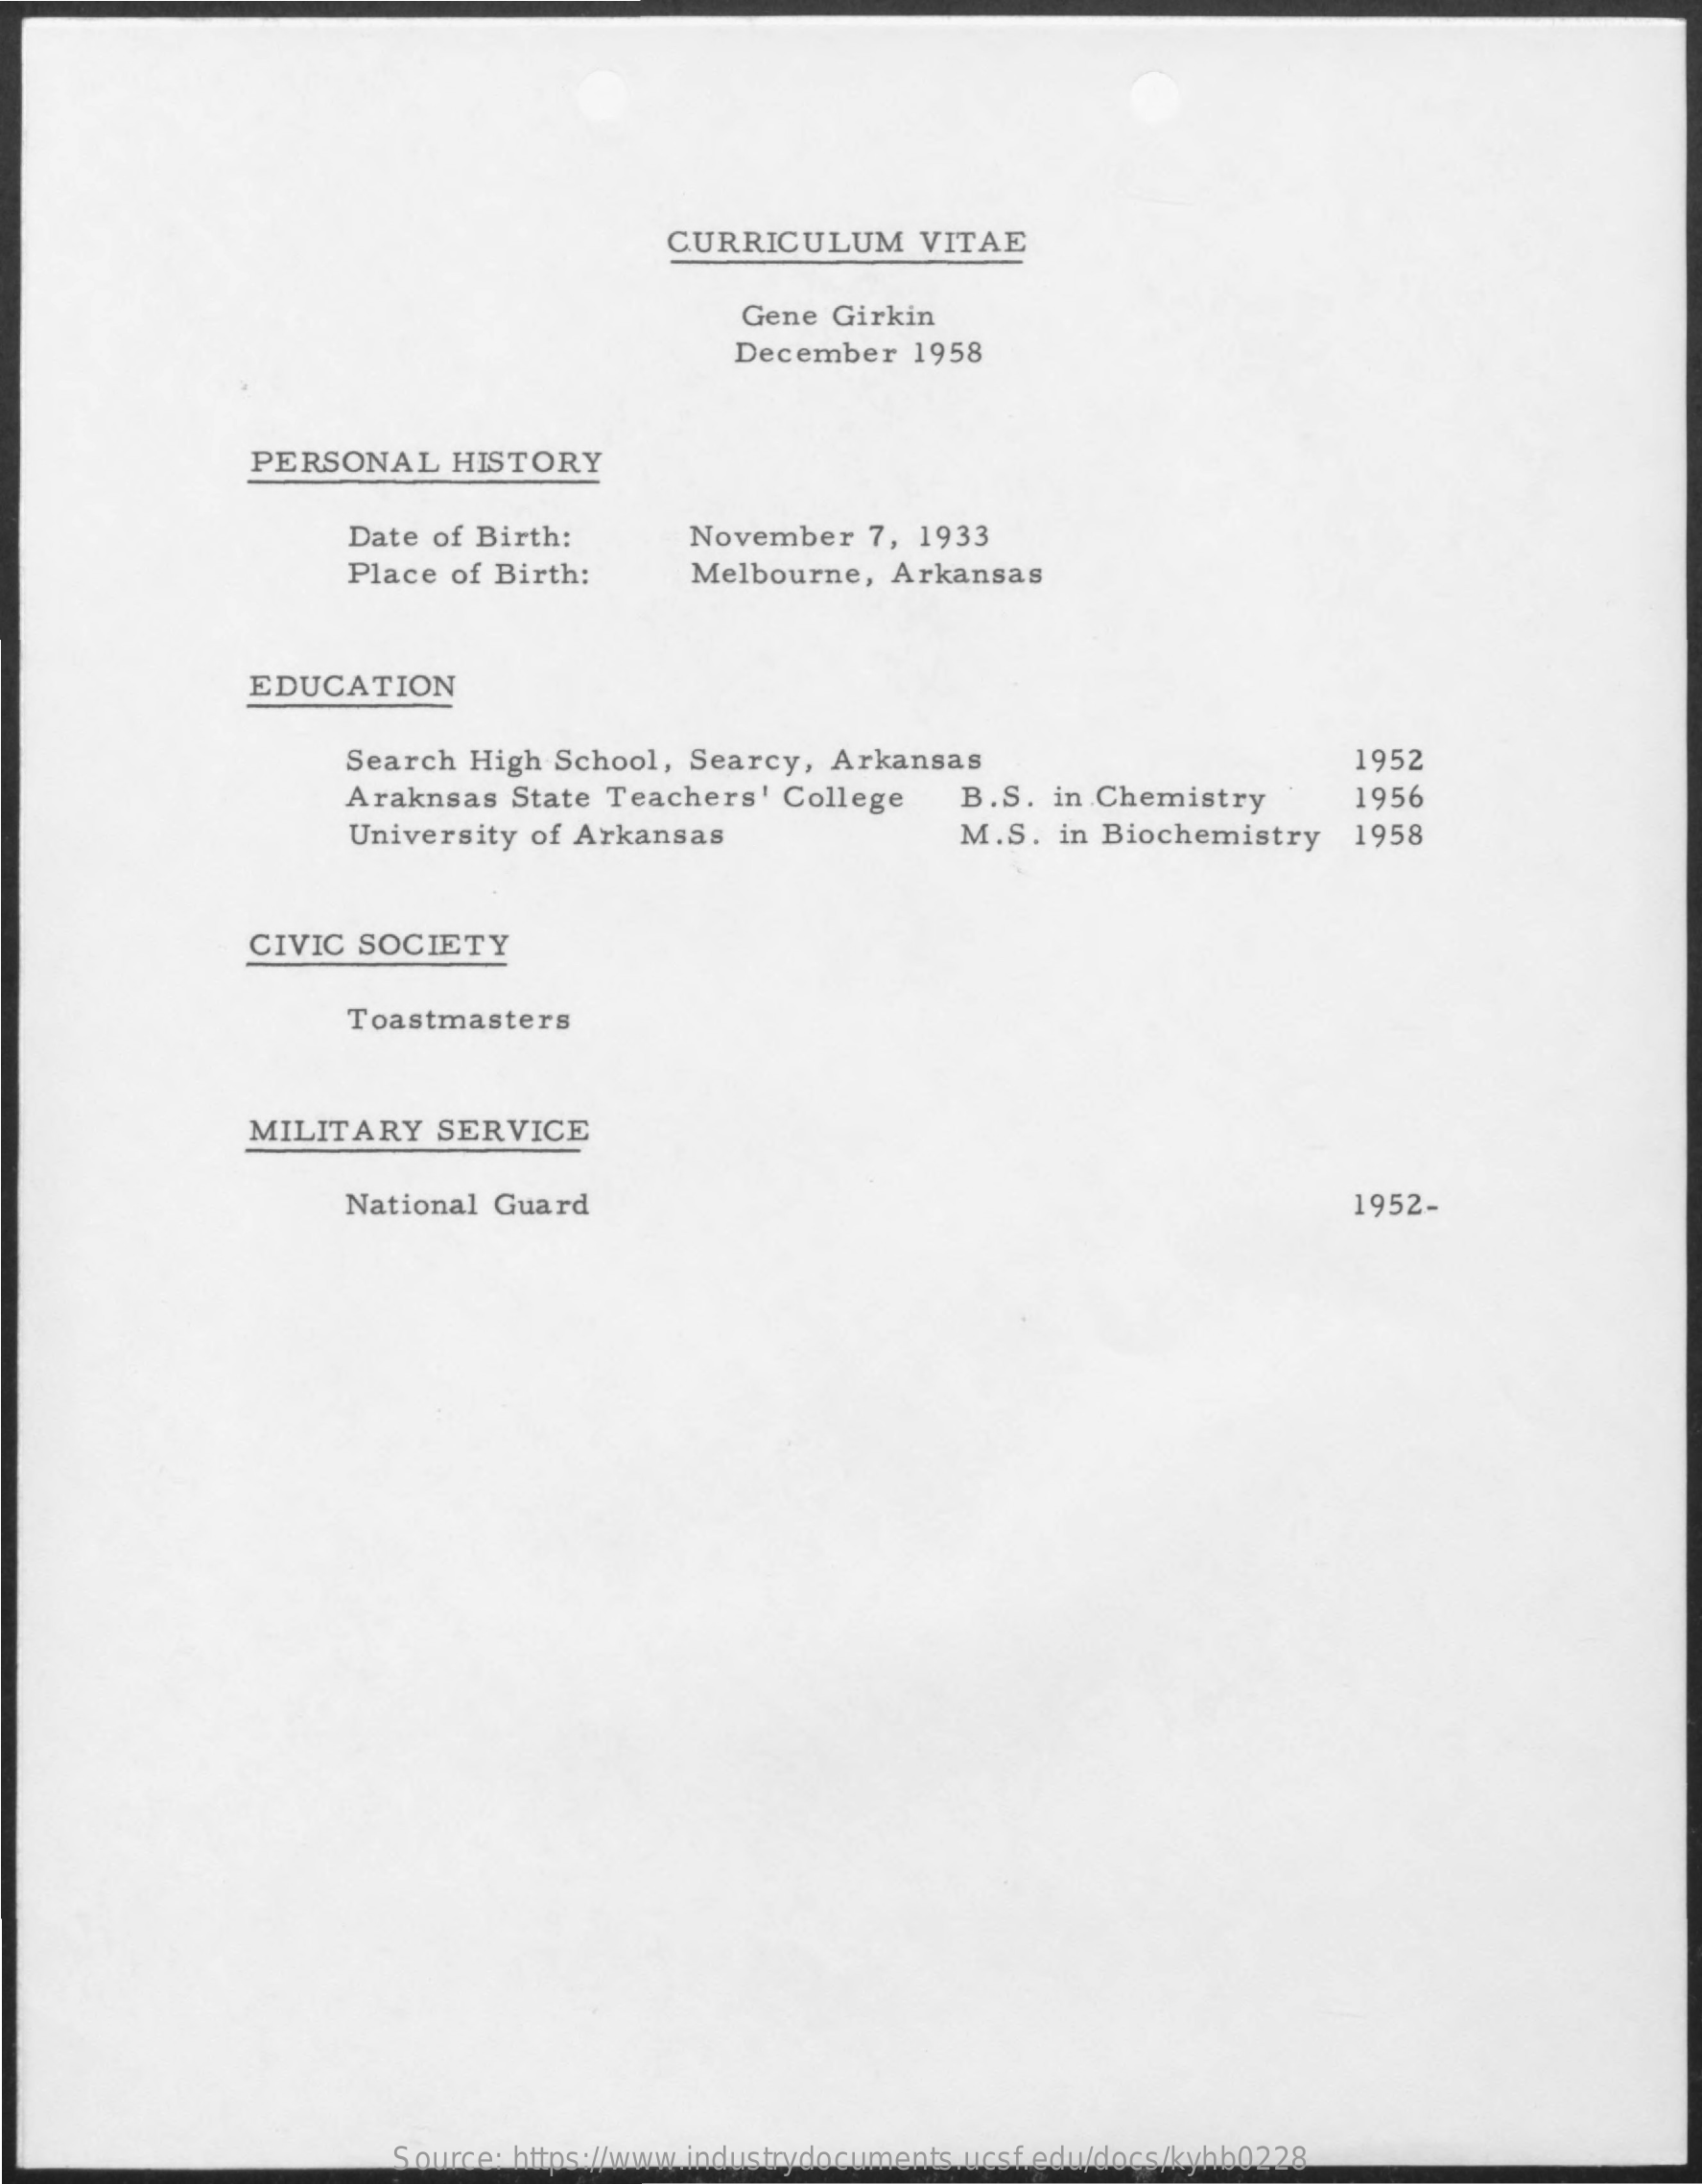
CURRICULUM    VITAE
     Gene  Girkin
     December   1958
     PERSONAL    HISTORY
     Date of Birth:    November   7, 1933
     Place of Birth:    Melbourne,  Arkansas
     EDUCATION
     Search High  School,  Searcy,  Arkansas    1952
     Araknsas  State Teachers'   College    B.S.  in Chemistry    1956
     University of Arkansas    M.S.  in Biochemistry    1958
     CIVIC  SOCIETY
     Toastmasters
     MILITARY    SERVICE
     National Guard    1952-
     Source: https://www.industrydocuments.ucsf.edu/docs/kyhb0228